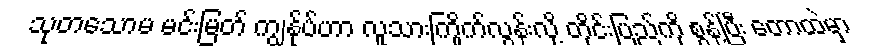
သုတသောမ မင်းမြတ် ကျွန်ုပ်ဟာ လူသားကြိုက်လွန်းလို့ တိုင်းပြည်ကို စွန့်ပြီး တောထဲမှာ